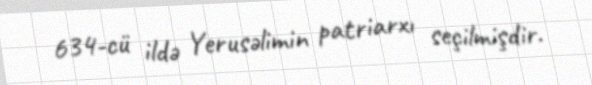
634-cü ildə Yerusəlimin patriarxı seçilmişdir.